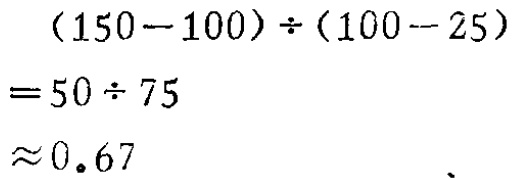
\[
\begin{align*}
&(150 - 100)\div(100 - 25)\\
=&50\div75\\
\approx&0.67
\end{align*}
\]